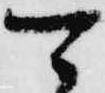
可